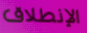
الإنطلاق